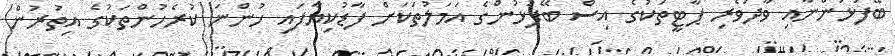
ބޭފުޅުންނާއި ވާދަވެރި ޕާޓީތަކުގެ އިސް ބޭފުޅުންގެ އަމަލުތަކަށް ފާޑުކިޔާފައި ހުންނަ ކުރެހުންތަކުގެ އިތުރުން